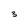
Character: 3